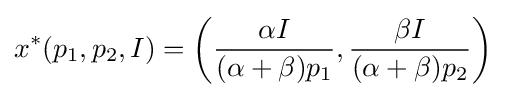
x^{*}(p_{1},p_{2},I)=\left({\frac {\alpha I}{(\alpha +\beta )p_{1}}},{\frac {\beta I}{(\alpha +\beta )p_{2}}}\right)